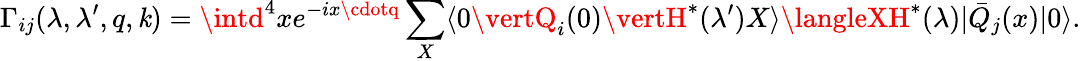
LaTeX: \Gamma_{ij}(\lambda,\lambda^{\prime},q,\mathit{k})=\intd^{4}xe^{-ix\cdotq}\sum_{X}\langle0\vertQ_{i}(0)\vertH^{*}(\lambda^{\prime})X\rangle\langleXH^{*}(\lambda)\vert\bar{{Q}}_{j}(x)\vert0\rangle.